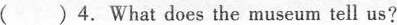
()4.What does the museum tell us?